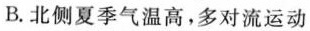
B.北侧夏季气温高，多对流运动